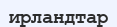
ирландтар